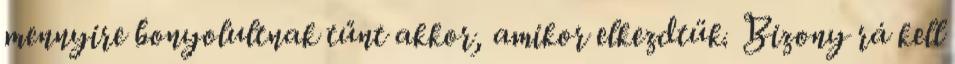
mennyire bonyolultnak tűnt akkor, amikor elkezdtük. Bizony rá kell